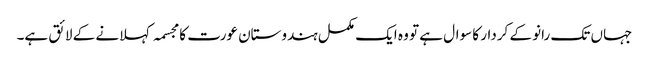
جہاں تک رانو کے کردار کا سوال ہے تو وہ ایک مکمل ہندوستان عورت کا مجسمہ کہلانے کے لائق ہے۔